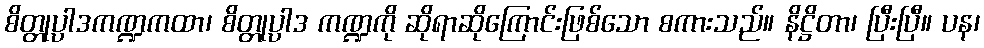
စိတ္တုပ္ပါဒကဏ္ဍကထာ၊ စိတ္တုပ္ပါဒ ကဏ္ဍကို ဆိုရာဆိုကြောင်းဖြစ်သော စကားသည်။ နိဋ္ဌိတာ၊ ပြီးပြီ။ ပန၊